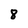
Character: 8